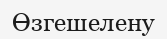
Өзгешелену